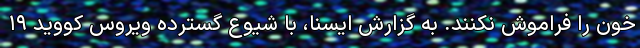
خون را فراموش نکنند. به گزارش ایسنا، با شیوع گسترده ویروس کووید ۱۹